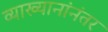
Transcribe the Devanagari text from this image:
व्याख्यानांनंतर